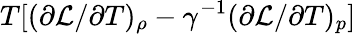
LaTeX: T[(\partial\mathcal{L}/\partial T)_{\rho}-\gamma^{-1}(\partial\mathcal{L}/\partial T)_{p}]